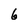
Character: 6